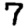
Digit: 7